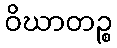
ဝိဃာတဉ္စ